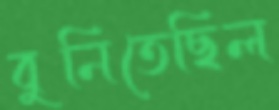
বুনিতেছিল